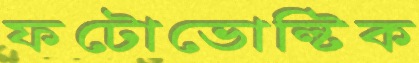
ফটোভোল্টিক